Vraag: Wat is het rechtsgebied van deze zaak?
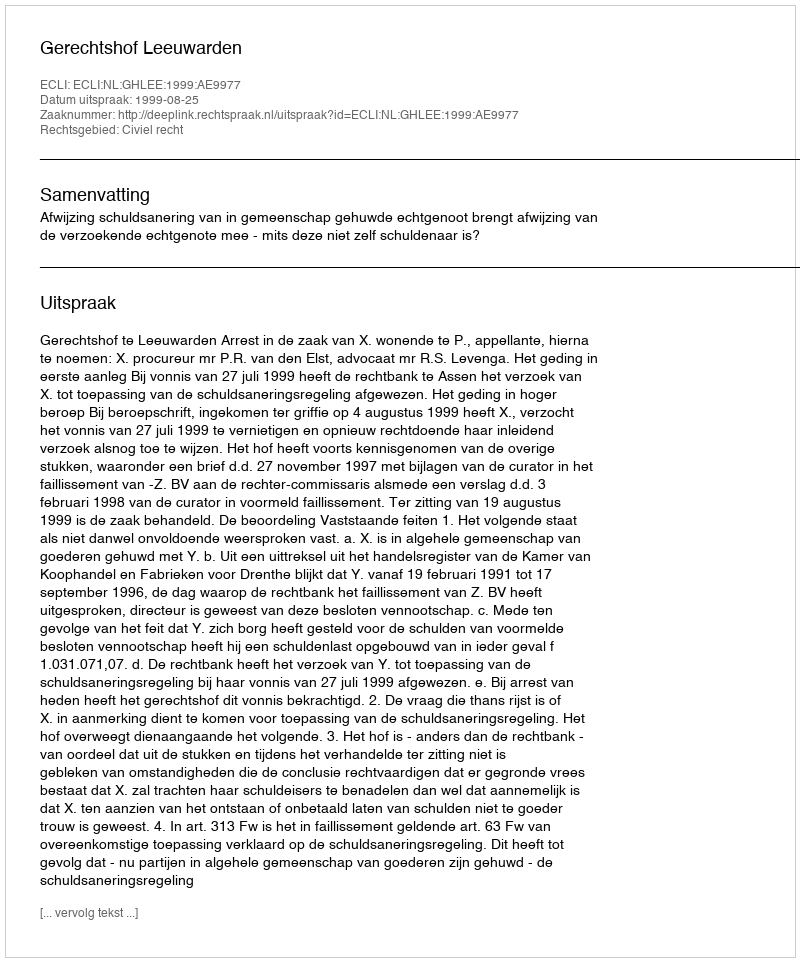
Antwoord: Civiel recht